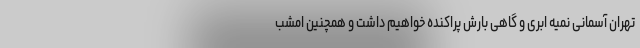
تهران آسمانی نمیه ابری و گاهی بارش پراکنده خواهیم داشت و همچنین امشب